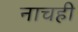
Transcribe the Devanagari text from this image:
नाचही